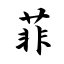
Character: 菲